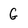
Character: G